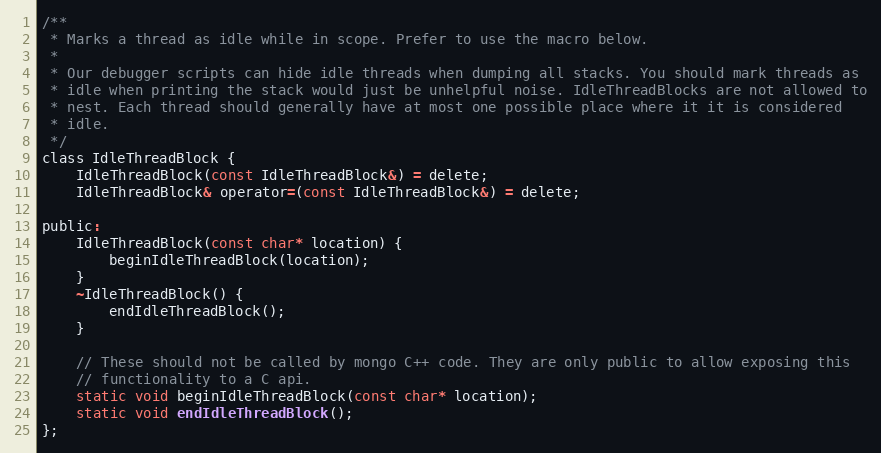
Language: C
/**
 * Marks a thread as idle while in scope. Prefer to use the macro below.
 *
 * Our debugger scripts can hide idle threads when dumping all stacks. You should mark threads as
 * idle when printing the stack would just be unhelpful noise. IdleThreadBlocks are not allowed to
 * nest. Each thread should generally have at most one possible place where it it is considered
 * idle.
 */
class IdleThreadBlock {
    IdleThreadBlock(const IdleThreadBlock&) = delete;
    IdleThreadBlock& operator=(const IdleThreadBlock&) = delete;

public:
    IdleThreadBlock(const char* location) {
        beginIdleThreadBlock(location);
    }
    ~IdleThreadBlock() {
        endIdleThreadBlock();
    }

    // These should not be called by mongo C++ code. They are only public to allow exposing this
    // functionality to a C api.
    static void beginIdleThreadBlock(const char* location);
    static void endIdleThreadBlock();
};